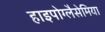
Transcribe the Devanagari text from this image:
हाइपोग्लैसेमिया